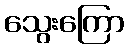
သွေးကြော